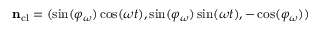
{ \bf n } _ { \mathrm { c l } } = ( \sin ( \varphi _ { \omega } ) \cos ( \omega t ) , \sin ( \varphi _ { \omega } ) \sin ( \omega t ) , - \cos ( \varphi _ { \omega } ) )